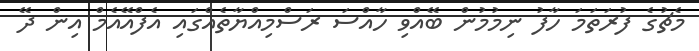
މެޗުގެ ފުރަތަމަ ހާފު ނިމުމުން ބޭއްވި ހާއްސަ ރަސްމިއްޔާތެއްގައި އެފްއޭއެމް އިން ދޭ